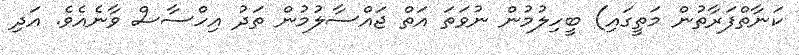
ކަނާތްފަރާތުން މަތީގައި) ބީހިލުމުން ނުވަތަ އަތް ޖައްސާލުމުން ތަދު އިހްސާސް ވާނެއެވެ. އަދި